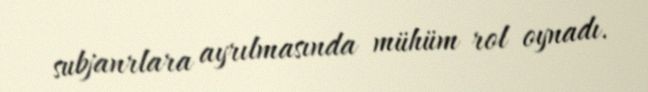
subjanrlara ayrılmasında mühüm rol oynadı.